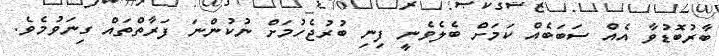
ބާރުބޮޑުވާ އެއް ސަބަބެއް ކަމަށް ބެލެވެނީ ފިނި ބުރުޖެހުމަށް ނުކުންނަ ފަރާތްތައް ގިނަވުމެވެ.